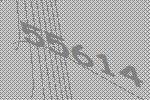
55614